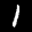
Label: 1